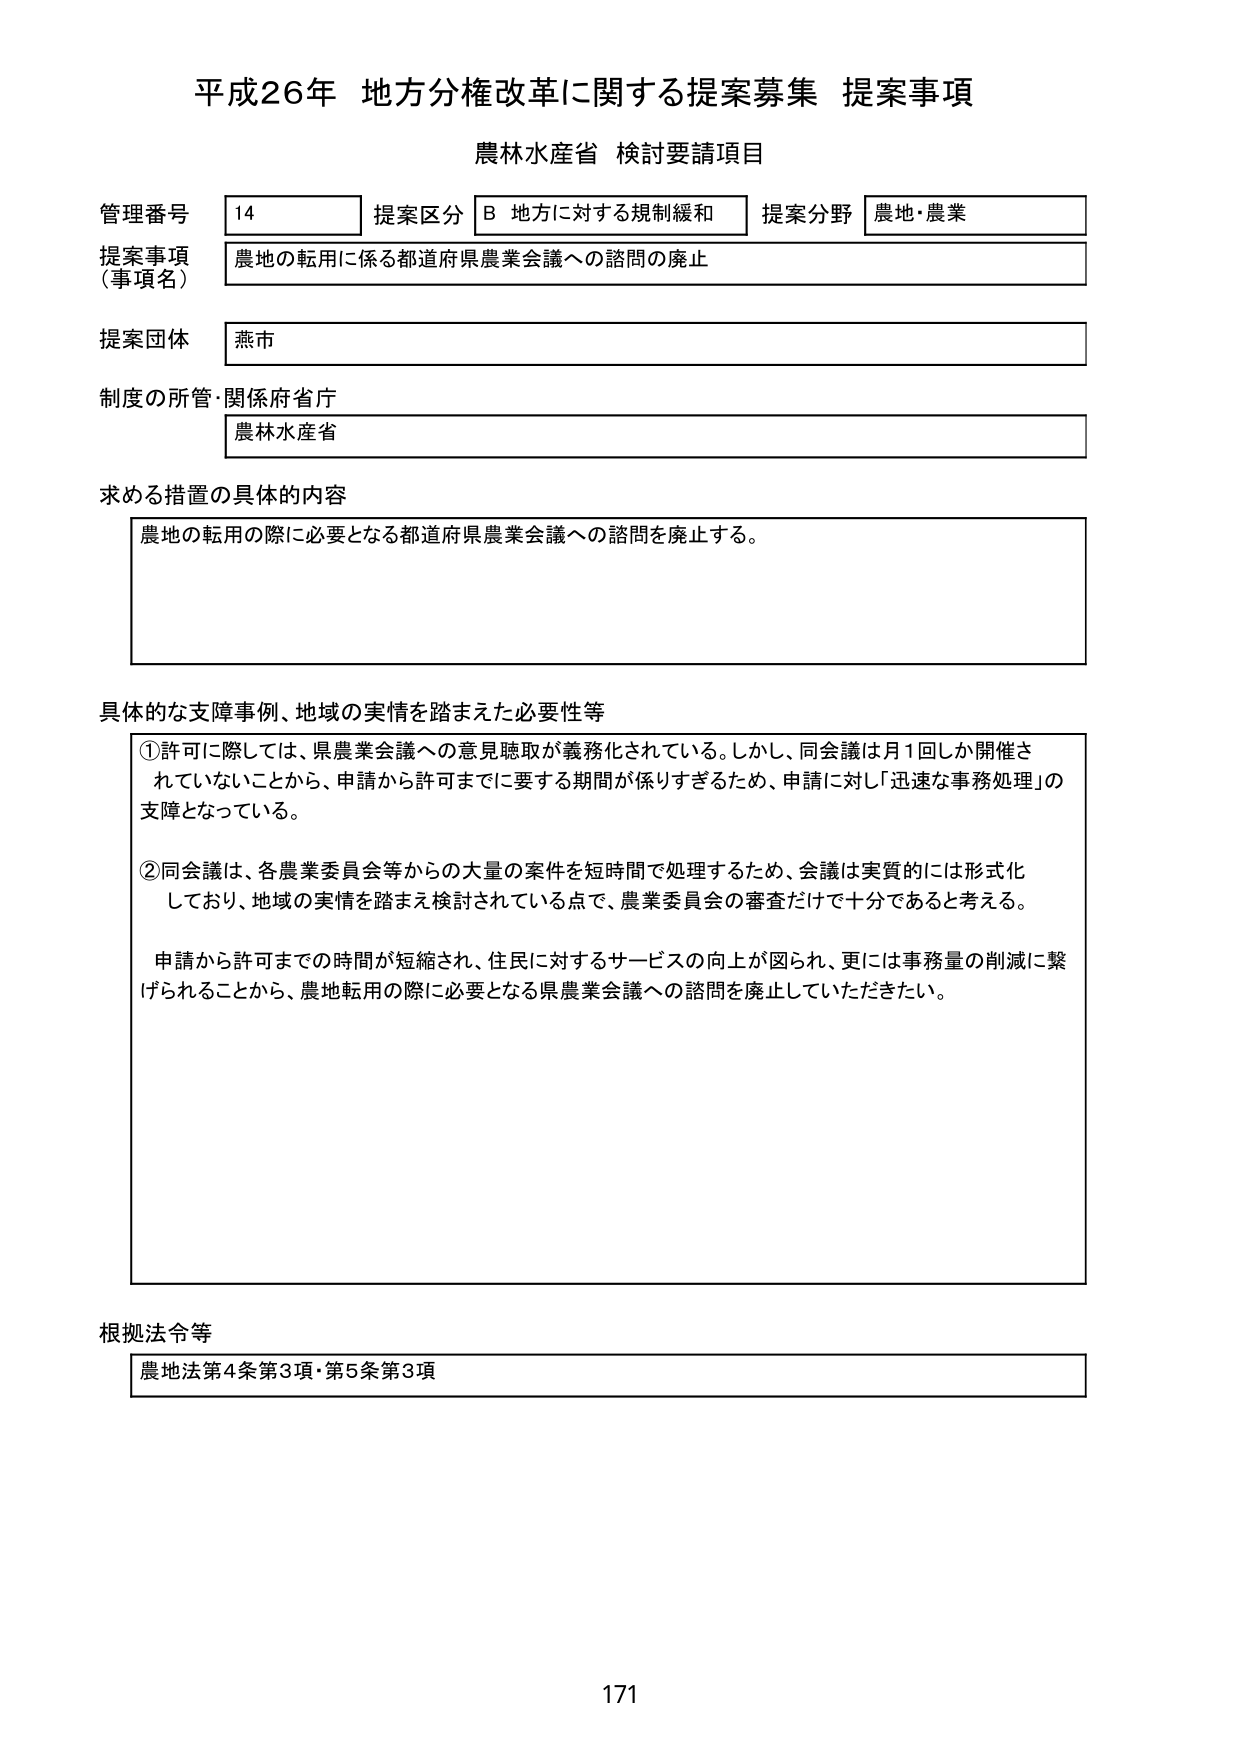
平成26年 地方分権改革に関する提案募集 提案事項
農林水産省 検討要請項目

管理番号 14 提案区分 B 地方に対する規制緩和 提案分野 農地・農業
提案事項（事項名） 農地の転用に係る都道府県農業会議への諮問の廃止
提案団体 燕市
制度の所管・関係府省庁 農林水産省

求める措置の具体的内容
農地の転用の際に必要となる都道府県農業会議への諮問を廃止する。

具体的な支障事例、地域の実情を踏まえた必要性等
①許可に際しては、県農業会議への意見聴取が義務化されている。しかし、同会議は月1回しか開催されていないことから、申請から許可までに要する期間が係りすぎるため、申請に対し「迅速な事務処理」の支障となっている。
②同会議は、各農業委員会等からの大量の案件を短時間で処理するため、会議は実質的には形式化しており、地域の実情を踏まえ検討されている点で、農業委員会の審査だけで十分であると考える。
申請から許可までの時間が短縮され、住民に対するサービスの向上が図られ、更には事務量の削減に繋げられることから、農地転用の際に必要となる県農業会議への諮問を廃止していただきたい。

根拠法令等
農地法第4条第3項・第5条第3項

171